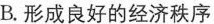
B.形成良好的经济秩序